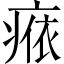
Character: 𤷴